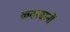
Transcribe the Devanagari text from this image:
कदरदानों